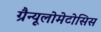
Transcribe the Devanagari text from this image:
ग्रैन्यूलोमेटोसिस